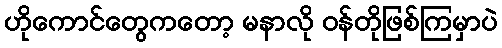
ဟိုကောင်တွေကတော့ မနာလို ဝန်တိုဖြစ်ကြမှာပဲ